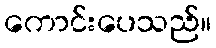
ကောင်းပေသည်။